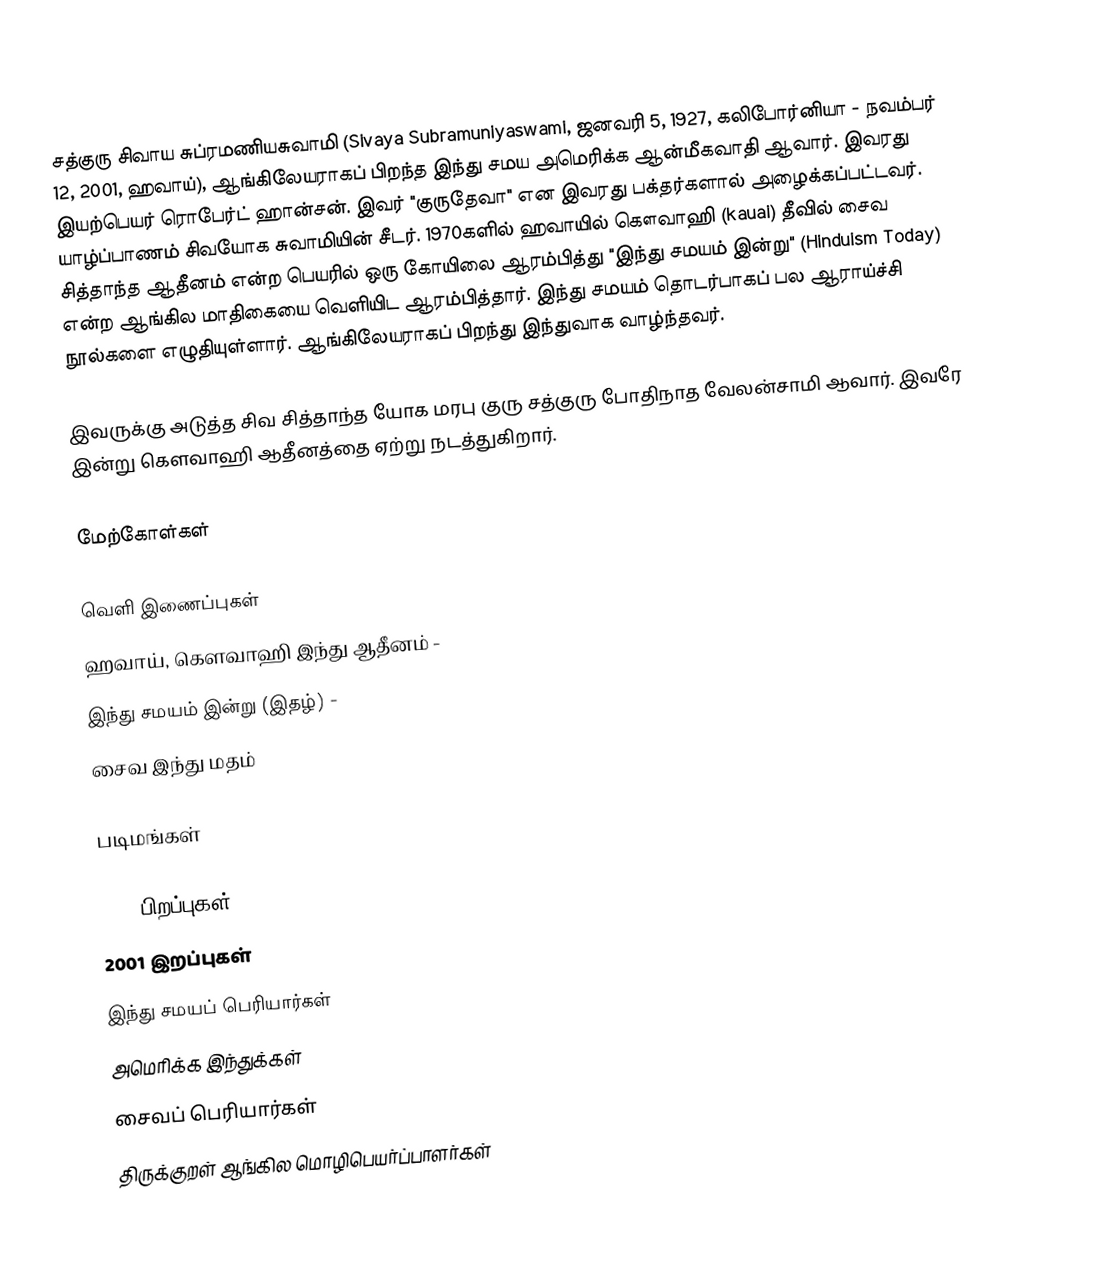
சத்குரு சிவாய சுப்ரமணியசுவாமி (Sivaya Subramuniyaswami, ஜனவரி 5, 1927, கலிபோர்னியா - நவம்பர் 12, 2001, ஹவாய்), ஆங்கிலேயராகப் பிறந்த இந்து சமய அமெரிக்க ஆன்மீகவாதி ஆவார். இவரது இயற்பெயர் ரொபேர்ட் ஹான்சன். இவர் "குருதேவா" என இவரது பக்தர்களால் அழைக்கப்பட்டவர். யாழ்ப்பாணம் சிவயோக சுவாமியின் சீடர். 1970களில் ஹவாயில் கௌவாஹி (kauai) தீவில் சைவ சித்தாந்த ஆதீனம் என்ற பெயரில் ஒரு கோயிலை ஆரம்பித்து "இந்து சமயம் இன்று" (Hinduism Today) என்ற ஆங்கில மாதிகையை வெளியிட ஆரம்பித்தார். இந்து சமயம் தொடர்பாகப் பல ஆராய்ச்சி நூல்களை எழுதியுள்ளார். ஆங்கிலேயராகப் பிறந்து இந்துவாக வாழ்ந்தவர்.

இவருக்கு அடுத்த சிவ சித்தாந்த யோக மரபு குரு சத்குரு போதிநாத வேலன்சாமி ஆவார். இவரே இன்று கௌவாஹி ஆதீனத்தை ஏற்று நடத்துகிறார்.

மேற்கோள்கள்

வெளி இணைப்புகள்
 ஹவாய், கௌவாஹி இந்து ஆதீனம் -
 இந்து சமயம் இன்று (இதழ்) -
 சைவ இந்து மதம்

படிமங்கள்

1927 பிறப்புகள்
2001 இறப்புகள்
இந்து சமயப் பெரியார்கள்
அமெரிக்க இந்துக்கள்
சைவப் பெரியார்கள்
திருக்குறள் ஆங்கில மொழிபெயர்ப்பாளர்கள்